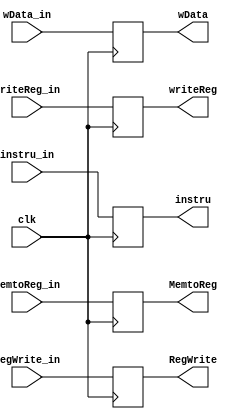
module pr_mem_wb(
  input clk,
  input MemtoReg_in, // WB
  input RegWrite_in, // WB
  output reg MemtoReg,
  output reg RegWrite,

  input [31:0] wData_in,
  input [4:0] writeReg_in,
  input [31:0] instru_in,
  output reg [31:0] wData,
  output reg [4:0] writeReg,
  output reg [31:0] instru
);

  initial begin
    MemtoReg = 0;
    RegWrite = 0;
  end

  always @(posedge clk) begin
    MemtoReg = MemtoReg_in;
    RegWrite = RegWrite_in;

    wData = wData_in;
    writeReg = writeReg_in;
    instru = instru_in;
  end

endmodule